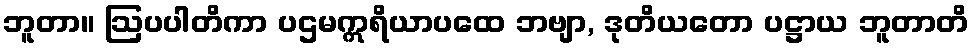
ဘူတာ။ ဩပပါတိကာ ပဌမဣရိယာပထေ ဘဗျာ, ဒုတိယတော ပဋ္ဌာယ ဘူတာတိ